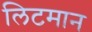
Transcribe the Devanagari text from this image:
लिटमान